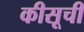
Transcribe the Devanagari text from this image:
कीसूची